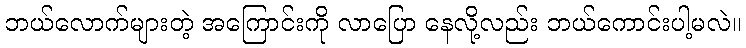
ဘယ်လောက်များတဲ့ အကြောင်းကို လာပြော နေလို့လည်း ဘယ်ကောင်းပါ့မလဲ။